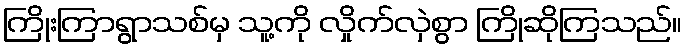
ကြိုးကြာရွာသစ်မှ သူ့ကို လှိုက်လှဲစွာ ကြိုဆိုကြသည်။